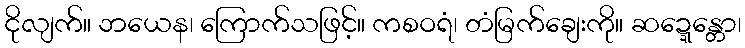
ငိုလျက်။ ဘယေန၊ ကြောက်သဖြင့်။ ကစဝရံ၊ တံမြက်ချေးကို။ ဆဍ္ဍေန္တော၊